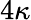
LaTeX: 4\kappa